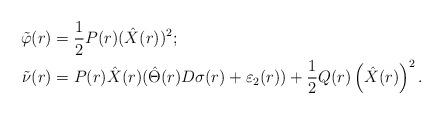
LaTeX: \begin{align*}\tilde{\varphi}(r) & =\frac{1}{2}P(r)(\hat{X}(r))^{2};\\\tilde{\nu}(r) & =P(r)\hat{X}(r)(\hat{\Theta}(r)D\sigma(r)+\varepsilon_{2}(r))+\frac{1}{2}Q(r)\left( \hat{X}(r)\right) ^{2}.\end{align*}